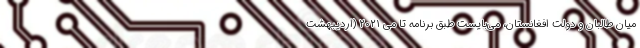
میان طالبان و دولت افغانستان، می‌بایست طبق برنامه تا می ۲۰۲۱ (اردیبهشت